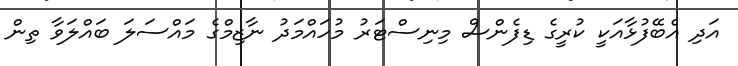
އަދި އެބޭފުޅާއަކީ ކުރީގެ ޑިފެންސް މިނިސްޓަރު މުހައްމަދު ނާޒިމްގެ މައްސަލަ ބައްލަވާ ތިން